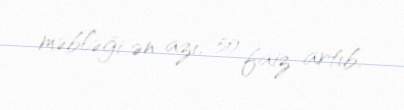
məbləği ən azı, 50 faiz artıb.